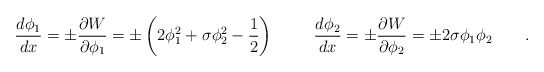
\begin{align*}\frac{d \phi_1}{dx}=\pm\frac{\partial W}{\partial \phi_1}=\pm\left( 2 \phi_1^2+ \sigma \phi_2^2-\frac{1}{2}\right) \hspace{1cm}\frac{d \phi_2}{dx}=\pm\frac{\partial W}{\partial \phi_2}=\pm 2\sigma \phi_1 \phi_2 \qquad . \end{align*}